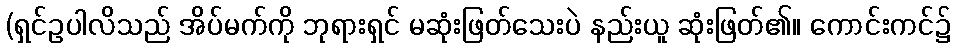
(ရှင်ဥပါလိသည် အိပ်မက်ကို ဘုရားရှင် မဆုံးဖြတ်သေးပဲ နည်းယူ ဆုံးဖြတ်၏။ ကောင်းကင်၌